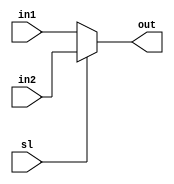
module muxtwo_9(in1,in2,sl,out);
	input[8:0] in1;
	input[8:0] in2;
	input sl;
	output[8:0] out;

	assign out=(sl==0)?in1:in2;

endmodule